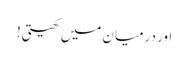
اور درمیان میں کھیتی!